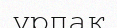
үрпақ